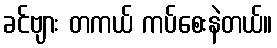
ခင်ဗျား တကယ် ကပ်စေးနဲတယ်။